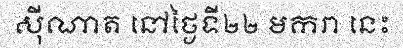
ស៊ីណាត នៅថ្ងៃទី២២ មករា នេះ